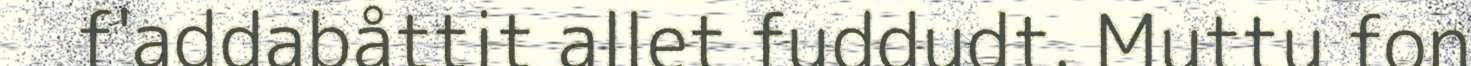
f'addabåttit allet fuddudt. Muttu fon